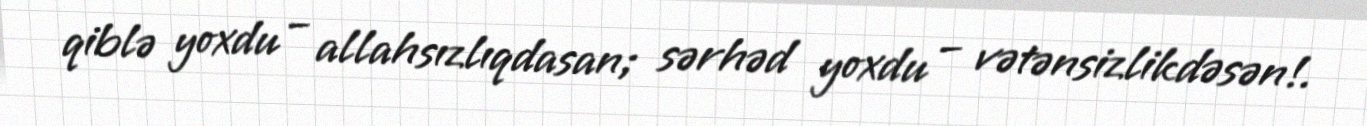
qiblə yoxdu – allahsızlıqdasan; sərhəd yoxdu – vətənsizlikdəsən!.